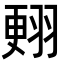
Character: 𦑃